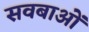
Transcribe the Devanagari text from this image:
सवबाओं